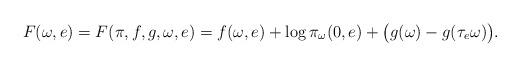
LaTeX: \begin{align*}F(\omega,e)=F(\pi,f,g,\omega,e)=f(\omega,e) + \log {\pi_\omega(0,e)}+\big(g(\omega)-g(\tau_e\omega)\big).\end{align*}